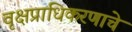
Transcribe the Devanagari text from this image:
वृक्षप्राधिकरणाचे